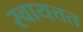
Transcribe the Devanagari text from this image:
स्वायत्तत